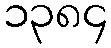
၁၃၈၄